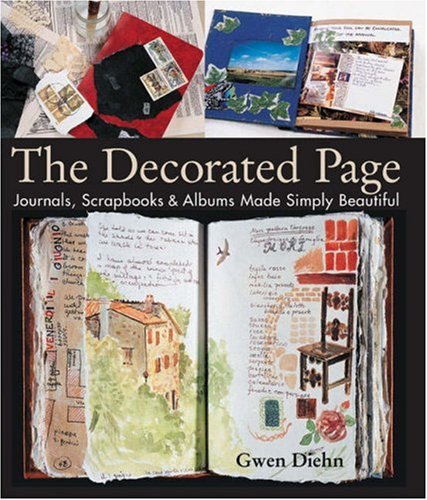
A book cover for The Decorated Page: Journals, Scrapbooks & Albums Made Simply Beautiful; Gwen Diehn; Crafts, Hobbies & Home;